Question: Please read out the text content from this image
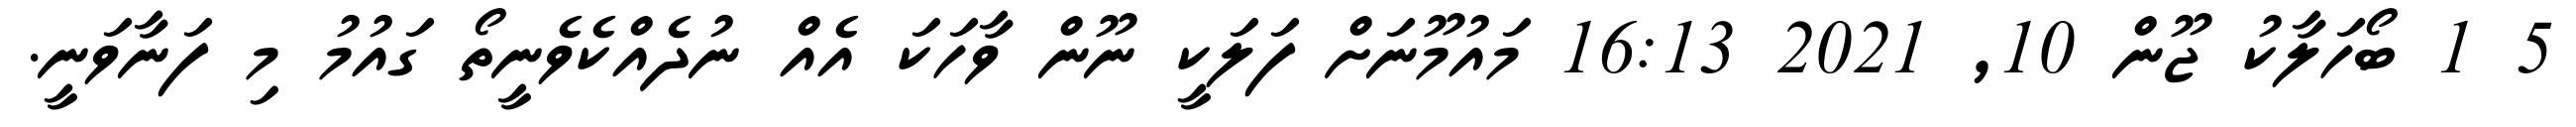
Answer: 5 1 ބޯހަލާކު ޖޫން 10, 2021 16:13 މައުމޫނަށް ފަލަކީ ނޫން ވާހަކަ އެއް ނުދެއްކެވެނީތޯ ގައުމު މި ފަނާވަނީ.